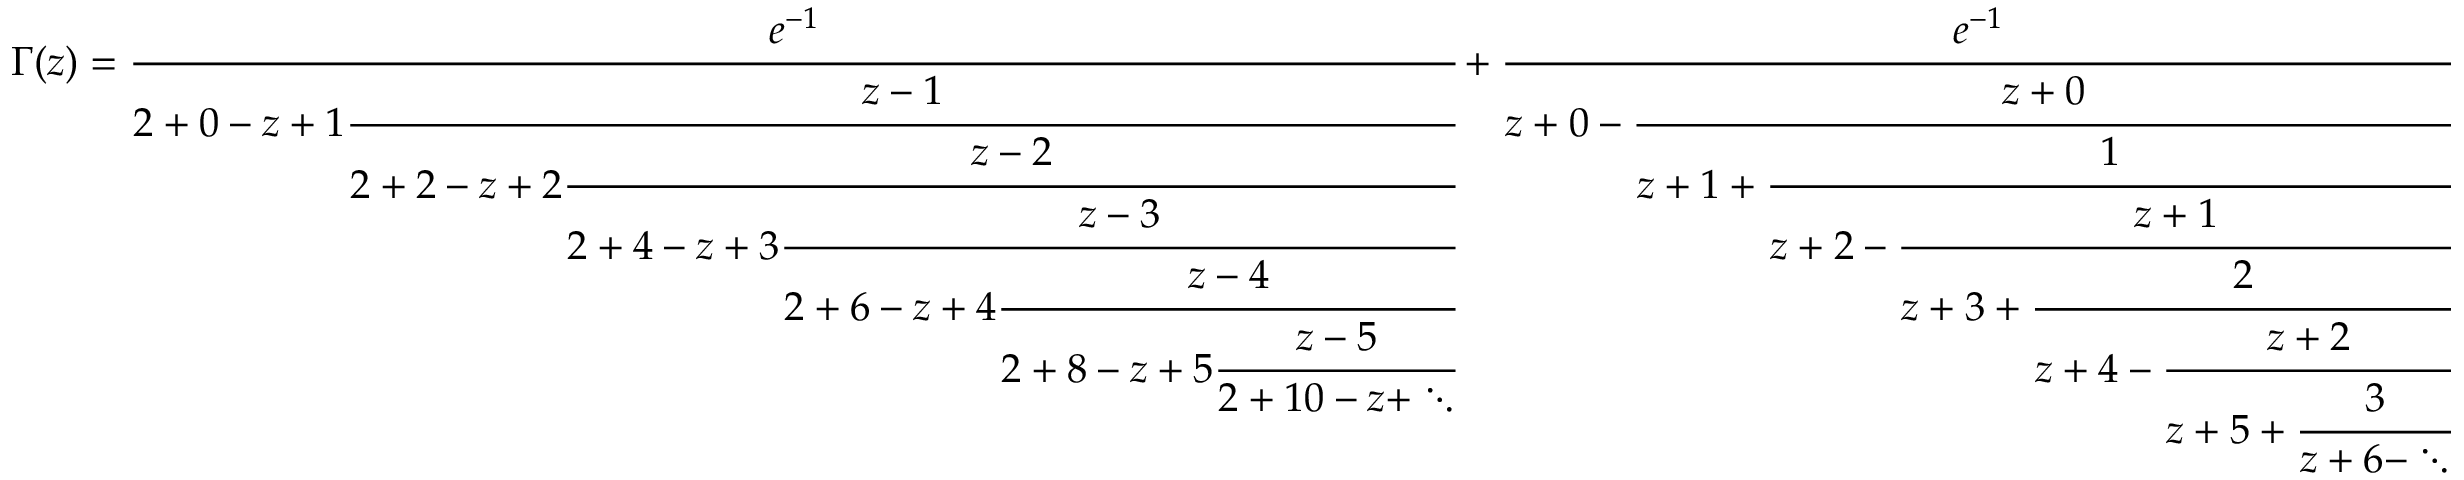
\Gamma ( z ) = { \cfrac { e ^ { - 1 } } { 2 + 0 - z + 1 { \cfrac { z - 1 } { 2 + 2 - z + 2 { \cfrac { z - 2 } { 2 + 4 - z + 3 { \cfrac { z - 3 } { 2 + 6 - z + 4 { \cfrac { z - 4 } { 2 + 8 - z + 5 { \cfrac { z - 5 } { 2 + 1 0 - z + \ddots } } } } } } } } } } } } + { \cfrac { e ^ { - 1 } } { z + 0 - { \cfrac { z + 0 } { z + 1 + { \cfrac { 1 } { z + 2 - { \cfrac { z + 1 } { z + 3 + { \cfrac { 2 } { z + 4 - { \cfrac { z + 2 } { z + 5 + { \cfrac { 3 } { z + 6 - \ddots } } } } } } } } } } } } } }